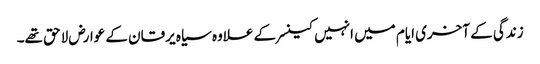
زندگی کے آخری ایام میں انہیں کینسر کے علاوہ سیاہ یرقان کے عوارض لاحق تھے۔